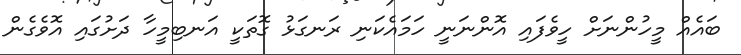
ބައެއް މީހުންނަށް ހީވެފައި އޮންނަނީ ހަމައެކަނި ރަނގަޅު ގޮތަކީ އަނބިމީހާ ދަށުގައި އޮވެގެން